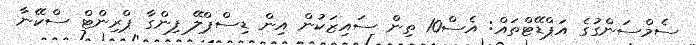
ސެމްސަންގުގެ އަޕްޑޭޓްތައް: އެސް10 ތިން ސައިޒަކުން އިން ޑިސްޕްލޭ ފިންގާ ޕްރިންޓް ސްކޭނާ